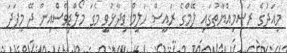
މިއަދުގެ ރަސްމިއްޔާތުގައި ލޭމްގެ ރައީސް ހަލީމް ވިދާޅުވީ މެގަ މޯލްޑިވްސްއިން ދޭ މިފަދަ